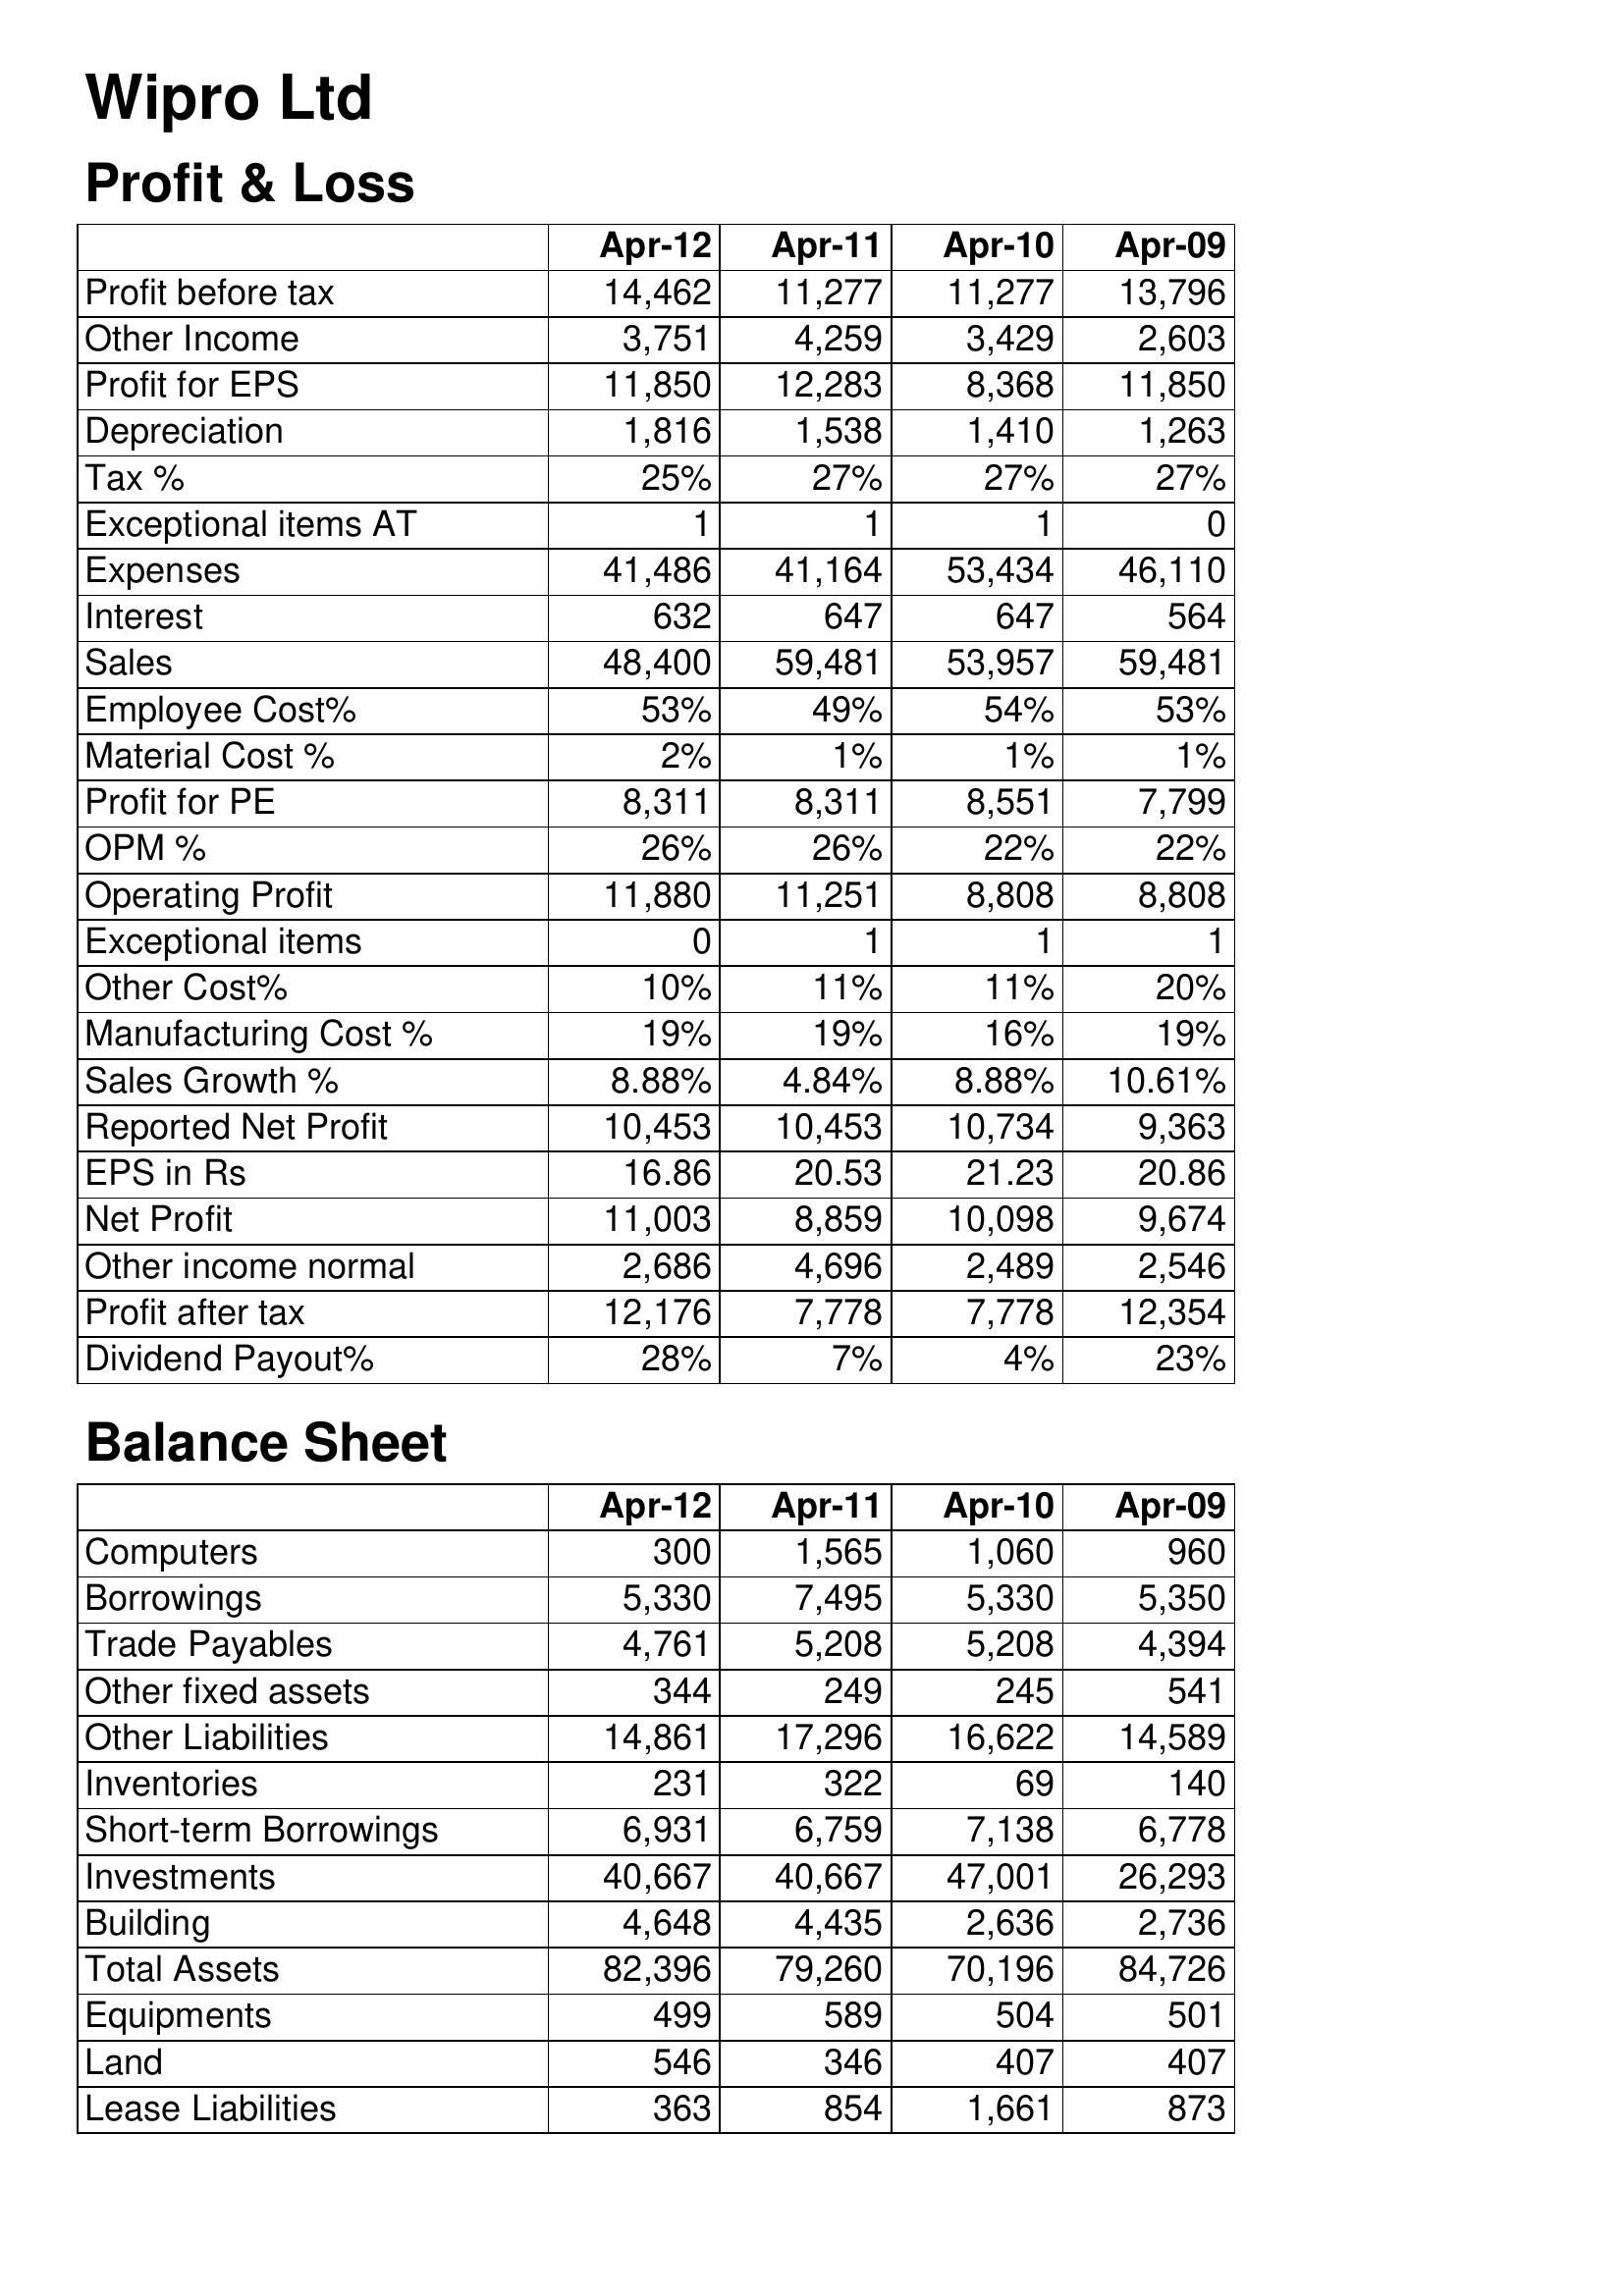
Apr-12: Profit & Loss: Profit before tax: 14,462
Other Income: 3,751
Profit for EPS: 11,850
Depreciation: 1,816
Tax %: 25%
Exceptional items AT: 1
Expenses: 41,486
Interest: 632
Sales: 48,400
Employee Cost%: 53%
Material Cost %: 2%
Profit for PE: 8,311
OPM %: 26%
Operating Profit: 11,880
Exceptional items: 0
Other Cost%: 10%
Manufacturing Cost %: 19%
Sales Growth %: 8.88%
Reported Net Profit: 10,453
EPS in Rs: 16.86
Net Profit: 11,003
Other income normal: 2,686
Profit after tax: 12,176
Dividend Payout%: 28%
Balance Sheet: Computers: 300
Borrowings: 5,330
Trade Payables: 4,761
Other fixed assets: 344
Other Liabilities: 14,861
Inventories: 231
Short-term Borrowings: 6,931
Investments: 40,667
Building: 4,648
Total Assets: 82,396
Equipments: 499
Land: 546
Lease Liabilities: 363
Apr-11: Profit & Loss: Profit before tax: 11,277
Other Income: 4,259
Profit for EPS: 12,283
Depreciation: 1,538
Tax %: 27%
Exceptional items AT: 1
Expenses: 41,164
Interest: 647
Sales: 59,481
Employee Cost%: 49%
Material Cost %: 1%
Profit for PE: 8,311
OPM %: 26%
Operating Profit: 11,251
Exceptional items: 1
Other Cost%: 11%
Manufacturing Cost %: 19%
Sales Growth %: 4.84%
Reported Net Profit: 10,453
EPS in Rs: 20.53
Net Profit: 8,859
Other income normal: 4,696
Profit after tax: 7,778
Dividend Payout%: 7%
Balance Sheet: Computers: 1,565
Borrowings: 7,495
Trade Payables: 5,208
Other fixed assets: 249
Other Liabilities: 17,296
Inventories: 322
Short-term Borrowings: 6,759
Investments: 40,667
Building: 4,435
Total Assets: 79,260
Equipments: 589
Land: 346
Lease Liabilities: 854
Apr-10: Profit & Loss: Profit before tax: 11,277
Other Income: 3,429
Profit for EPS: 8,368
Depreciation: 1,410
Tax %: 27%
Exceptional items AT: 1
Expenses: 53,434
Interest: 647
Sales: 53,957
Employee Cost%: 54%
Material Cost %: 1%
Profit for PE: 8,551
OPM %: 22%
Operating Profit: 8,808
Exceptional items: 1
Other Cost%: 11%
Manufacturing Cost %: 16%
Sales Growth %: 8.88%
Reported Net Profit: 10,734
EPS in Rs: 21.23
Net Profit: 10,098
Other income normal: 2,489
Profit after tax: 7,778
Dividend Payout%: 4%
Balance Sheet: Computers: 1,060
Borrowings: 5,330
Trade Payables: 5,208
Other fixed assets: 245
Other Liabilities: 16,622
Inventories: 69
Short-term Borrowings: 7,138
Investments: 47,001
Building: 2,636
Total Assets: 70,196
Equipments: 504
Land: 407
Lease Liabilities: 1,661
Apr-09: Profit & Loss: Profit before tax: 13,796
Other Income: 2,603
Profit for EPS: 11,850
Depreciation: 1,263
Tax %: 27%
Exceptional items AT: 0
Expenses: 46,110
Interest: 564
Sales: 59,481
Employee Cost%: 53%
Material Cost %: 1%
Profit for PE: 7,799
OPM %: 22%
Operating Profit: 8,808
Exceptional items: 1
Other Cost%: 20%
Manufacturing Cost %: 19%
Sales Growth %: 10.61%
Reported Net Profit: 9,363
EPS in Rs: 20.86
Net Profit: 9,674
Other income normal: 2,546
Profit after tax: 12,354
Dividend Payout%: 23%
Balance Sheet: Computers: 960
Borrowings: 5,350
Trade Payables: 4,394
Other fixed assets: 541
Other Liabilities: 14,589
Inventories: 140
Short-term Borrowings: 6,778
Investments: 26,293
Building: 2,736
Total Assets: 84,726
Equipments: 501
Land: 407
Lease Liabilities: 873